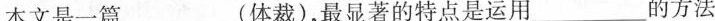
本文是一篇___(体裁)，最显著的特点是运用___的方法